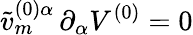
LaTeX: \tilde{v}_{m}^{(0)\alpha}\, \partial_{\alpha}V^{(0)}=0